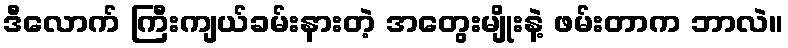
ဒီလောက် ကြီးကျယ်ခမ်းနားတဲ့ အတွေးမျိုးနဲ့ ဖမ်းတာက ဘာလဲ။